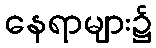
နေရာများ၌